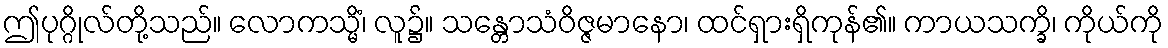
ဤပုဂ္ဂိုလ်တို့သည်။ လောကသ္မိံ၊ လူ၌။ သန္တောသံဝိဇ္ဇမာနော၊ ထင်ရှားရှိကုန်၏။ ကာယသက္ခိ၊ ကိုယ်ကို